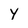
Character: y